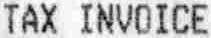
TAX INVOICE